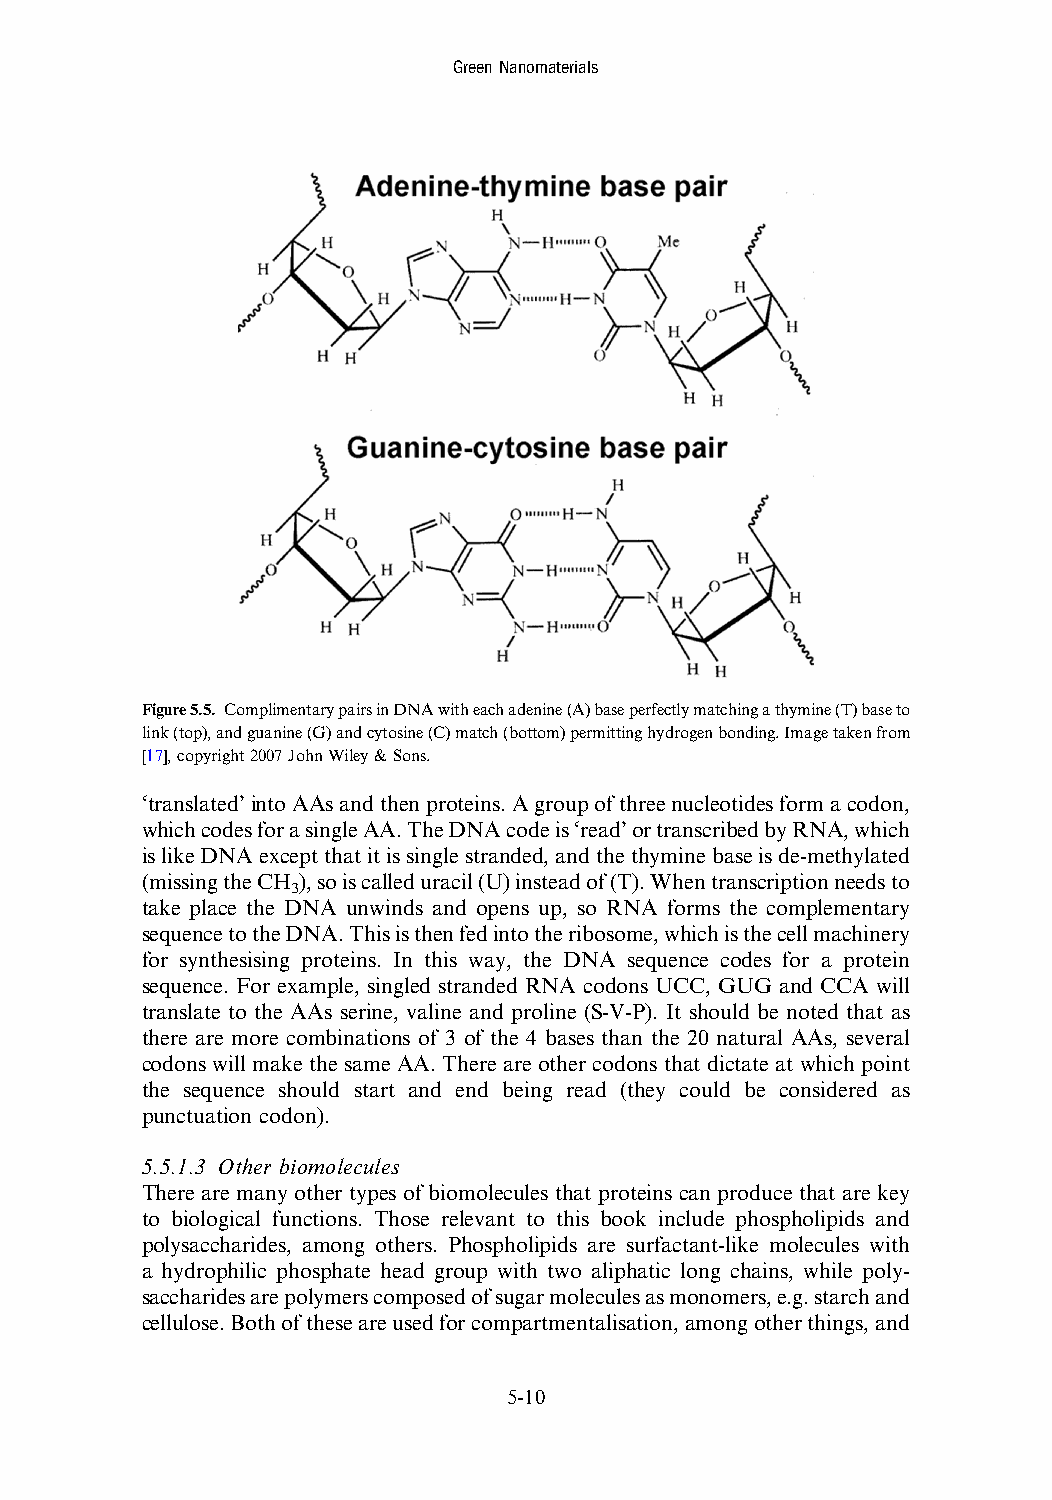
GreenNanomaterials
 Figure5.5. ComplimentarypairsinDNAwitheachadenine(A)baseperfectlymatchingathymine(T)baseto
 link(top),andguanine(G)andcytosine(C)match(bottom)permittinghydrogenbonding.Imagetakenfrom
 [17],copyright2007JohnWiley&Sons.
 ‘translated’intoAAsandthenproteins.Agroupofthreenucleotidesformacodon,
 whichcodesforasingleAA.TheDNAcodeis‘read’ortranscribedbyRNA,which
 islikeDNAexceptthat itissinglestranded,andthethyminebaseisde-methylated
 (missingtheCH ),soiscalleduracil(U)insteadof(T).Whentranscriptionneedsto
 3
 take place the DNA unwinds and opens up, so RNA forms the complementary
 sequencetotheDNA.Thisisthenfedintotheribosome,whichisthecellmachinery
 for synthesising proteins. In this way, the DNA sequence codes for a protein
 sequence. For example, singled stranded RNA codons UCC, GUG and CCA will
 translate to the AAs serine, valine and proline (S-V-P). It should be noted that as
 there are more combinations of 3 of the 4 bases than the 20 natural AAs, several
 codons will make the same AA. There are other codons that dictate at which point
 the sequence should start and end being read (they could be considered as
 punctuation codon).
 5.5.1.3 Other biomolecules
 There are many other types of biomolecules that proteins can produce that are key
 to biological functions. Those relevant to this book include phospholipids and
 polysaccharides, among others. Phospholipids are surfactant-like molecules with
 a hydrophilic phosphate head group with two aliphatic long chains, while poly-
 saccharidesarepolymerscomposedofsugarmoleculesasmonomers,e.g.starchand
 cellulose.Bothoftheseareusedforcompartmentalisation,amongotherthings,and
 5-10